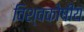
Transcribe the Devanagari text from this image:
विश्वकोषीय